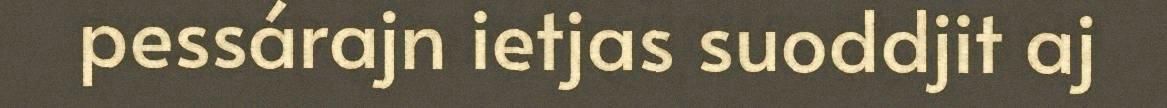
pessárajn ietjas suoddjit aj